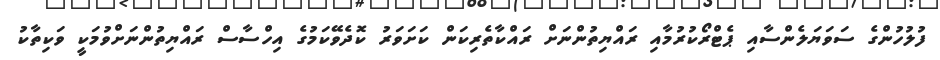
ފުލުހުންގެ ސަވަޔަލެންސާއި ޕެޓްރޯކުރުމާއި ރައްޔިތުންނަށް ރައްކާތެރިކަން ކަށަވަރު ކޮދެވޭކަމުގެ އިހްސާސް ރައްޔިތުންނަށްވުމަކީ ވަކިތާކު